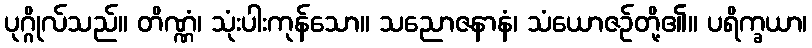
ပုဂ္ဂိုလ်သည်။ တိဏ္ဏံ၊ သုံးပါးကုန်သော။ သညောဇနာနံ၊ သံယောဇဉ်တို့၏။ ပရိက္ခယာ၊